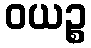
ဝယဉ္စ